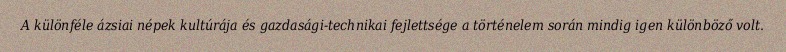
A különféle ázsiai népek kultúrája és gazdasági-technikai fejlettsége a történelem során mindig igen különböző volt.